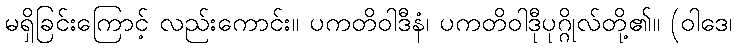
မရှိခြင်းကြောင့် လည်းကောင်း။ ပကတိဝါဒီနံ၊ ပကတိဝါဒီုပုဂ္ဂိုလ်တို့၏။ (ဝါဒေ၊